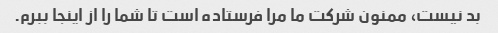
بد نیست، ممنون شرکت ما مرا فرستاده است تا شما را از اینجا ببرم.